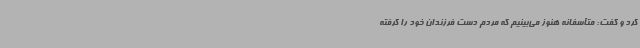
کرد و گفت: متأسفانه هنوز می‌بینیم که مردم دست فرزندان خود را گرفته